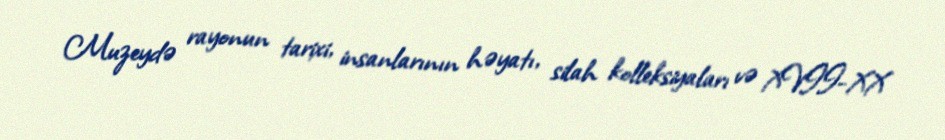
Muzeydə rayonun tarixi, insanlarının həyatı, silah kolleksiyaları və XVII-XX